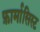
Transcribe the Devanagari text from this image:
फ़ार्मासिस्ट